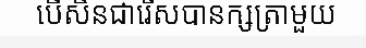
បើសិនជារើសបានក្សត្រាមួយ